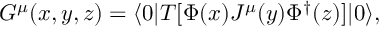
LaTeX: G ^ { \mu } ( x , y , z ) = \langle 0 | T [ \Phi ( x ) J ^ { \mu } ( y ) \Phi ^ { \dagger } ( z ) ] | 0 \rangle ,